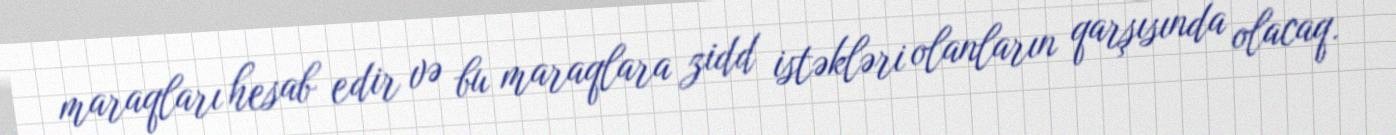
maraqları hesab edir və bu maraqlara zidd istəkləri olanların qarşısında olacaq.